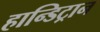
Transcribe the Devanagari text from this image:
हान्डिट्रान